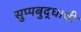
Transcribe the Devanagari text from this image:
सुप्पबुद्धाची